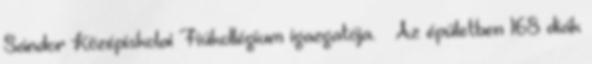
Sándor Középiskolai Fiúkollégium igazgatója. – Az épületben 168 diák